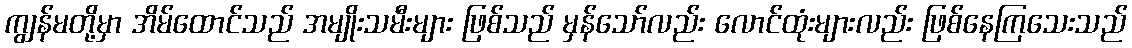
ကျွန်မတို့မှာ အိမ်ထောင်သည် အမျိုးသမီးများ ဖြစ်သည် မှန်သော်လည်း လောင်ထုံးများလည်း ဖြစ်နေကြသေးသည်